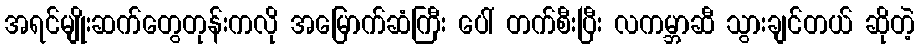
အရင်မျိုးဆက်တွေတုန်းကလို အမြောက်ဆံကြီး ပေါ် တက်စီးပြီး လကမ္ဘာဆီ သွားချင်တယ် ဆိုတဲ့